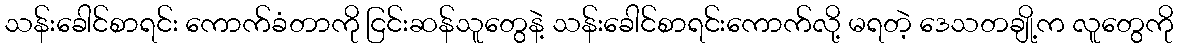
သန်းခေါင်စာရင်း ကောက်ခံတာကို ငြင်းဆန်သူတွေနဲ့ သန်းခေါင်စာရင်းကောက်လို့ မရတဲ့ ဒေသတချို့က လူတွေကို